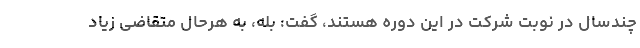
چندسال در نوبت شرکت در این دوره هستند، گفت: بله، به هرحال متقاضی زیاد